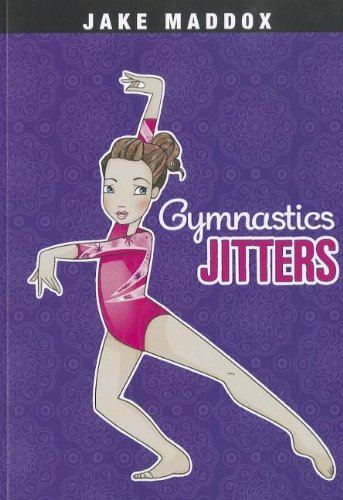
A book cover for Gymnastics Jitters (Jake Maddox Girl Sports Stories); Jake Maddox; Sports & Outdoors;